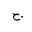
Letter: _gim